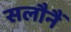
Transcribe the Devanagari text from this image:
सलौनैं